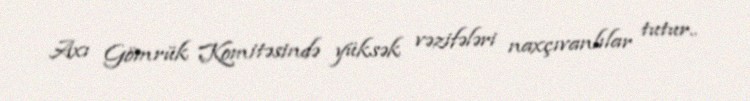
Axı Gömrük Komitəsində yüksək vəzifələri naxçıvanlılar tutur..